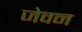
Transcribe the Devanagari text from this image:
जेवन